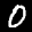
Label: 0